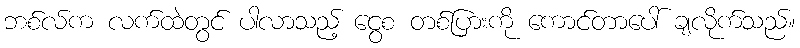
ဘစ်လ်က လက်ထဲတွင် ပါလာသည့် ငွေစ တစ်ပြားကို ကောင်တာပေါ် ချလိုက်သည်။